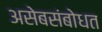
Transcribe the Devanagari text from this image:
असेबसंबोधत